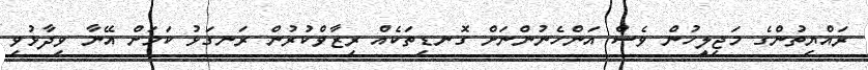
ރައްޔިތުންގެ މަޖިލީހުން ވެސް އަންހެނުންނަށް ގޮނޑިތަކެއް ރިޒާވްކުރުން ރަނގަޅު ކަމަށް އޭނާ ވިދާޅުވި